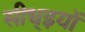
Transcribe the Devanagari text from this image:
सीध्इयों